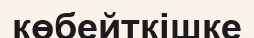
көбейткішке